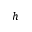
h